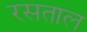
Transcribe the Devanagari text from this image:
रसताल